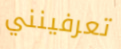
تعرفينني